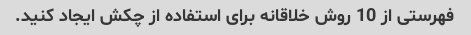
فهرستی از 10 روش خلاقانه برای استفاده از چکش ایجاد کنید.